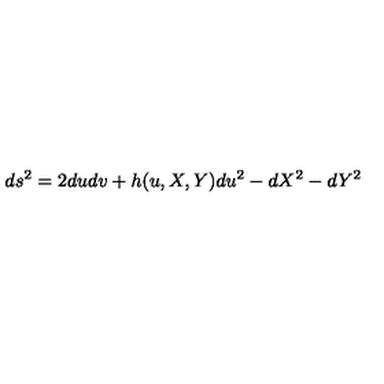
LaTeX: d s ^ { 2 } = 2 d u d v + h ( u , X , Y ) d u ^ { 2 } - d X ^ { 2 } - d Y ^ { 2 }